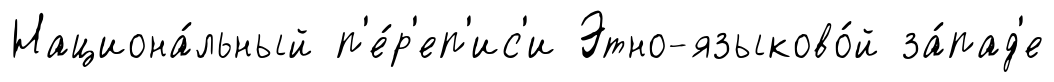
Национа́льный п'е́р'еп'ис'и Этно-языково́й за́пад'е